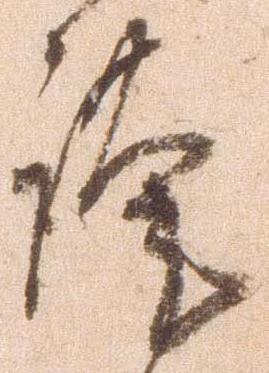
謹